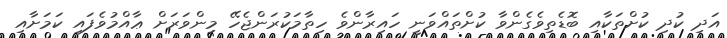
އަދި ކުދި ކުށްތަކާއި ބޮޑެތިވެގެންވާ ކުށްތައްވަނީ ހައިރާންވެ ހިތާމަކުރަންޖެހޭ މިންވަރަށް ޢާއްމުވެފައި ކަމަށާއި